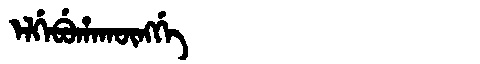
Manchu: ᡝᠯᡤᡝᠪᡠᡥᠠᡴᡡᠩᡤᡝ
Romanization: ELGEBUHAKŪNGGE